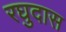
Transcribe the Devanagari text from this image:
रघुदास